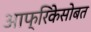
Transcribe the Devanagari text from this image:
आफ्रिकेसोबत